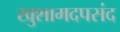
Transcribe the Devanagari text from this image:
खुशामदपसंद